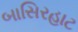
બાસિરહાટ